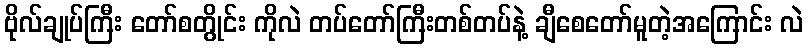
ဗိုလ်ချုပ်ကြီး တော်စတွိုင်း ကိုလဲ တပ်တော်ကြီးတစ်တပ်နဲ့ ချီစေတော်မူတဲ့အကြောင်း လဲ